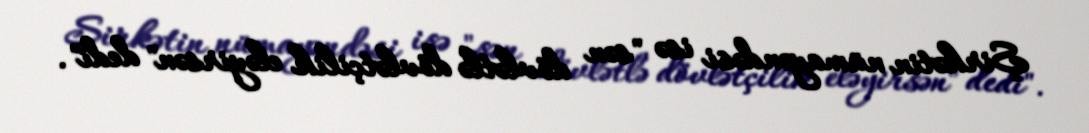
Şirkətin nümayəndəsi isə "sən dövlətlə dövlətçilik eləyirsən" dedi".